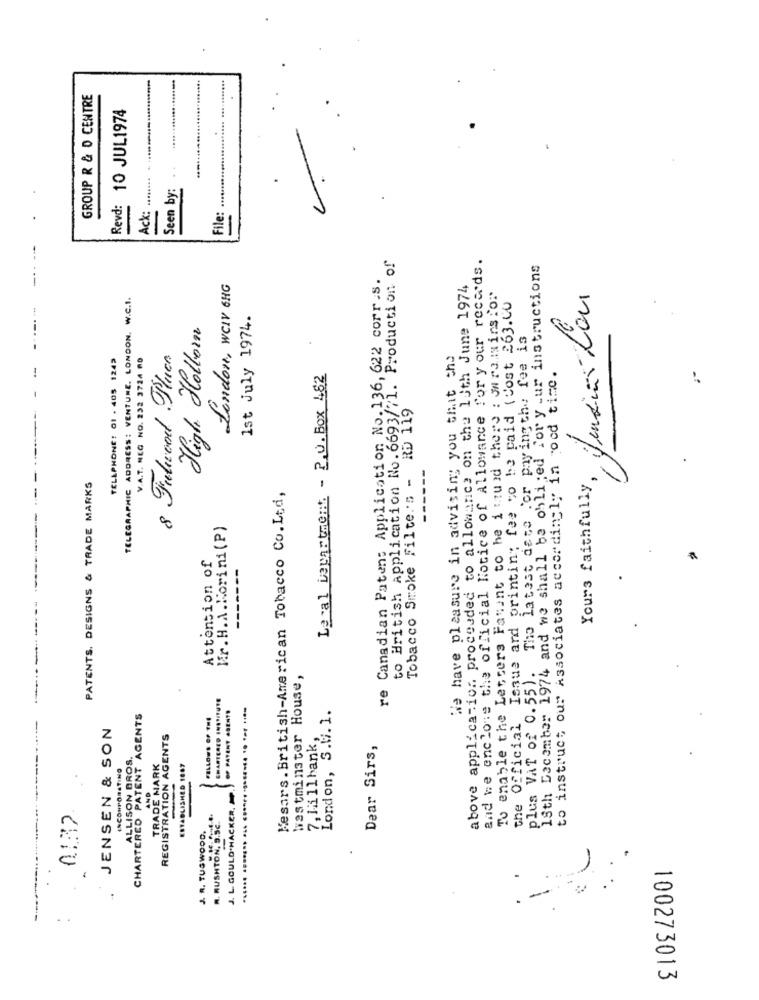
GROUP R & D CENTRE
10 JUL1974
Seen by:
.
Revd:
Ack:
File:
to British Application No. 6693/71. Production of
and we enclose the official Notice of Allowance for your records.
18th December 1974 and we shall be obliged For your instructions
re Canadian Paten: Application No.136, 622 corr.s.
London, WCIV 6HG
above application proceeded to allowance on the 13th June 1974
TELEGRAPHIC ADDRESS: VENTURE. LONDON, W.C.I.
To enable the Lescers Patent to he i ttund there : owraisins Por
15 , Jendias Lou
the Official Issue and printing fee so he paid (Cost 263.00
1st July 1974.
High Holborn
The latest date for payingthe fee is
TELLPHONE: 01 . 405 1243
V.A.T. NEG NO. 232 3724 00
8 Futuroodl Plue.
We have pleasure in advising you that the
to instruct our Associates accordingly in rood time.
Leval Department - 2.O. Box 482
Tobacco Smoke Filte.'s - RD 119
Yours faithfully,
---
PATENTS. DESIGNS & TRADE MARKS
Mesars. British-American Tobacco Co.Ltd,
Kr.H.A.Korini (P)
00
Attention of
------
plus VAT of 0.55).
Westminster House,
CHARTERED PATENT AGENTS
OF PATENT .SENTI
London, S.6. 1.
JENSEN & SON
REGISTRATION AGENTS
7, 1. 11bank,
Dear Sirs,
ALLISON BROS.
TRADE MARK
INCORPORATING
ESTABLISHED 1087
AND
J. L.GOULD.HACKER.
0132
R. RUSHTON, 9.5€.
J. R. TUSWOOD.
100273013